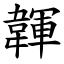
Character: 韗